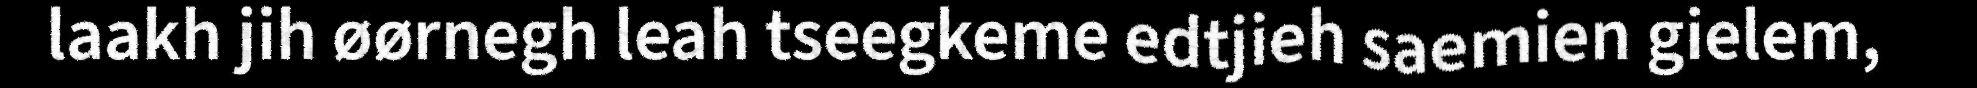
laakh jih øørnegh leah tseegkeme edtjieh saemien gielem,